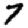
Digit: 7